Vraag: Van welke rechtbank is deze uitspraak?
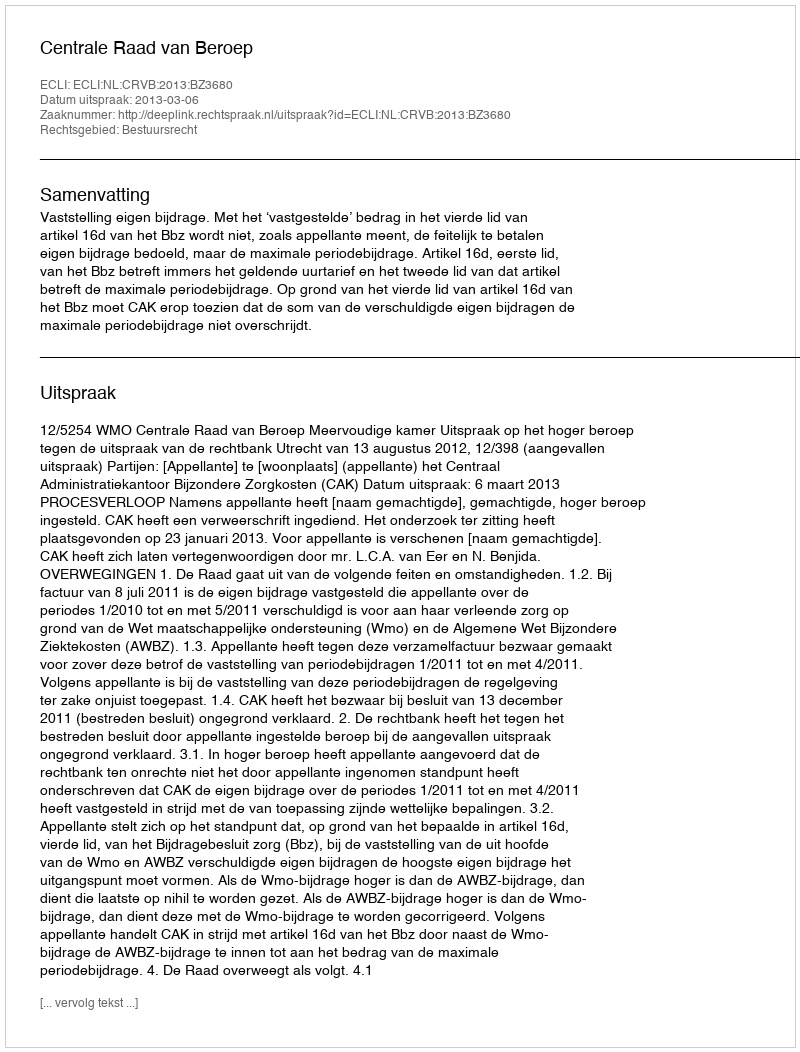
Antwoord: Centrale Raad van Beroep